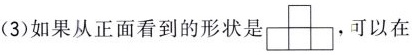
(3)如果从正面看到的形状是 ，可以在